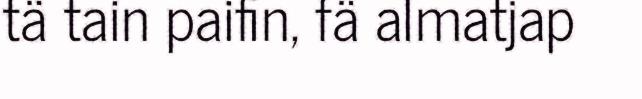
tä tain paifin, fä almatjap